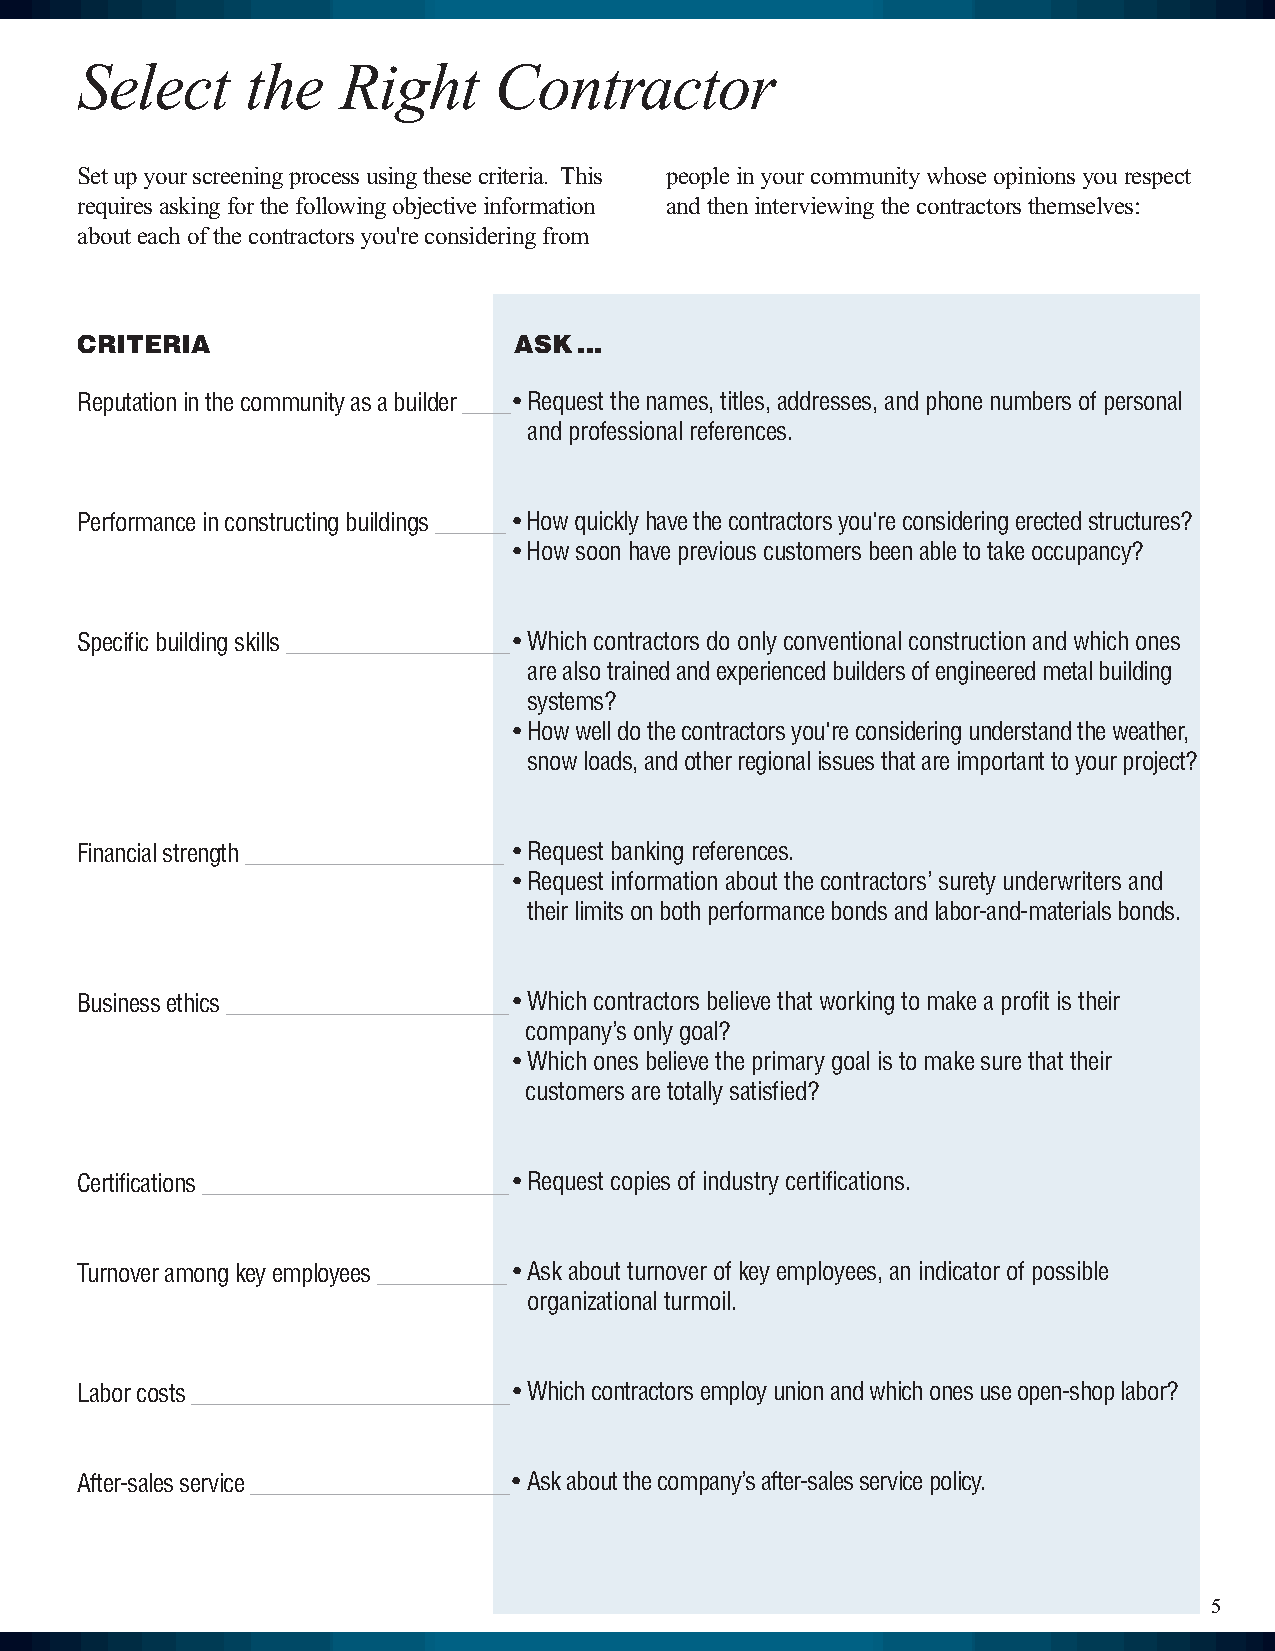
Select     the   Right      Contractor
 Setupyourscreeningprocessusingthesecriteria. This peopleinyourcommunitywhoseopinionsyourespect
 requiresaskingforthefollowingobjectiveinformation andtheninterviewingthecontractorsthemselves:
 abouteachofthecontractorsyou'reconsideringfrom
 CRITERIA                     ASK...
 Reputationinthecommunityasabuilder____•Requestthenames,titles,addresses,andphonenumbersofpersonal
 andprofessionalreferences.
 Performanceinconstructingbuildings______ •Howquicklyhavethecontractorsyou'reconsideringerectedstructures?
 •Howsoonhavepreviouscustomersbeenabletotakeoccupancy?
 Specificbuildingskills___________________•Whichcontractorsdoonlyconventionalconstructionandwhichones
 arealsotrainedandexperiencedbuildersofengineeredmetalbuilding
 systems?
 •Howwelldothecontractorsyou'reconsideringunderstandtheweather,
 snowloads,andotherregionalissuesthatareimportanttoyourproject?
 Financialstrength______________________ •Requestbankingreferences.
 •Requestinformationaboutthecontractors’suretyunderwritersand
 theirlimitsonbothperformancebondsandlabor-and-materialsbonds.
 Businessethics________________________•Whichcontractorsbelievethatworkingtomakeaprofitistheir
 company’sonlygoal?
 •Whichonesbelievetheprimarygoalistomakesurethattheir
 customersaretotallysatisfied?
 Certifications__________________________•Requestcopiesofindustrycertifications.
 Turnoveramongkeyemployees___________•Askaboutturnoverofkeyemployees,anindicatorofpossible
 organizationalturmoil.
 Laborcosts___________________________•Whichcontractorsemployunionandwhichonesuseopen-shoplabor?
 After-salesservice______________________•Askaboutthecompany’safter-salesservicepolicy.
 5